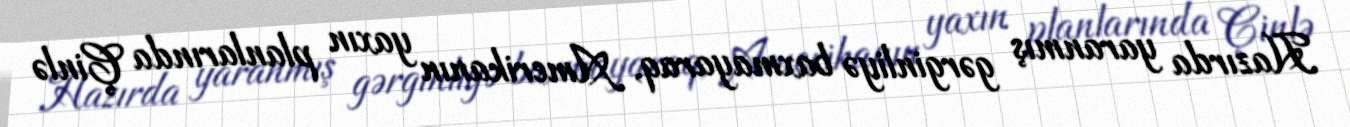
Hazırda yaranmış gərginliyə baxmayaraq, Amerikanın yaxın planlarında Çinlə